Report of the Hyderabad Chloroform Commission
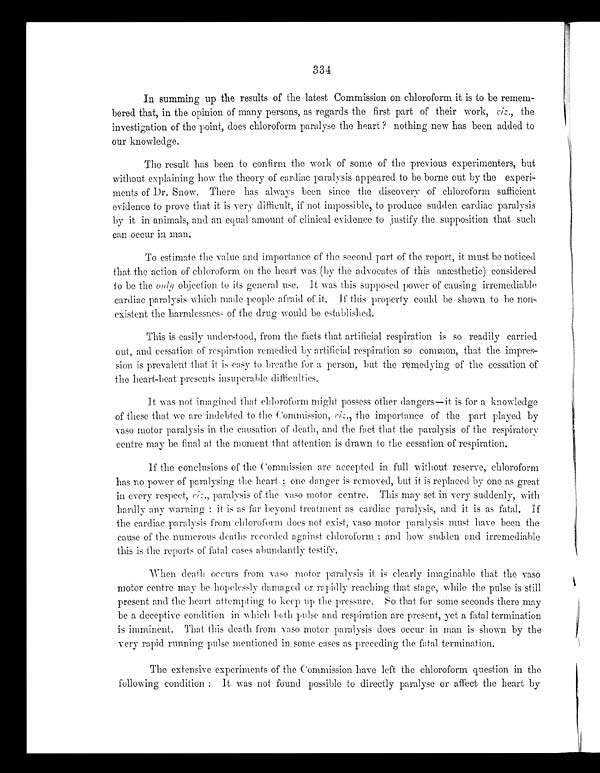
In summing up the results of the latest Commission on chloroform it is to be remem
- b e r e d t h a t , i n t h e o p i n i o n o f m a n y p e r s o n s , a s r e g a r d s t h e f i r s t p a r t o f t h e i r w o r k ,
v i z
. , t h e
investigation of the point, does chloroform paralyse the heart? nothing new has been added to
our knowledge.
The result has been to confirm the work of some of the previous experimenters, but
without explaining how the theory of cardiac paralysis appeared to be borne out by the experi
- m e n t s o f D r . S n o w . T h e r e h a s a l w a y s b e e n s i n c e t h e d i s c o v e r y o f c h l o r o f o r m s u f f i c i e n t
evidence to prove that it is very difficult, if not impossible, to produce sudden cardiac paralysis
by it in animals, and an equal amount of clinical evidence to justify the supposition that such
can occur in man.
To estimate the value and importance of the second part of the report, it must be noticed
that the action of chloroform on the heart was (by the advocates of this anæsthetic) considered
to be the only obj ect i on t o i t s general use. It was t hi s supposed power of causi ng i rremedi abl e
cardiac paralysis which made people afraid of it. If this property could be shown to be non
-existent the harmlessness of the drug would be established.
This is easily understood, from the facts that artificial respiration is so readily carried
out, and cessation of respiration remedied by artificial respiration so common, that the impres--
s i o n i s p r e v a l e n t t h a t i t i s e a s yt
o b r e a t h e f o r a p e r s o n , b u t t h e r e m e d y i n g o f t h e c e s s a t i o n o f
the heart-beat presents insuperable difficulties.
It was not imagined that chloroform might possess other dangers—it is for a knowledge
of these that we are indebted to the Commission, v i z
. , t h e i m p o r t a n c e o f t h e p a r t p l a y e d b y
vaso motor paralysis in the causation of death, and the fact that the paralysis of the respiratory
centre may be final at the moment that attention is drawn to the cessation of respiration.
If the conclusions of the Commission are accepted in full without reserve, chloroform
has no power of paralysing the heart; one danger is removed, but it is replaced by one as great
in every respect v i z
. , p a r a l y s i s o f t h e v a s o m o t o r c e n t r e . T h i s m a y s e t i n v e r y s u d d e n l y , w i t h
hardly any warning; it is as far beyond treatment as cardiac paralysis, and it is as fatal. If
the cardiac paralysis from chloroform does not exist, vaso motor paralysis must have been the
cause of the numerous deaths recorded against chloroform; and how sudden and irremediable
this is the reports of fatal cases abundantly testify.
When death occurs from vaso motor paralysis it is clearly imaginable that the vaso
motor centre may be hopelessly damaged or rapidly reaching that stage, while the pulse is still
present and the heart attempting to keep up the pressure. So that for some seconds there may
be a deceptive condition in which both pulse and respiration are present, yet a fatal termination
is imminent. That this death from vaso motor paralysis does occur in man is shown by the
very rapid running pulse mentioned in some cases as preceding the fatal termination.
The extensive experiments of the Commission have left the chloroform question in the
following condition: It was not found possible to directly paralyse or affect the heart by